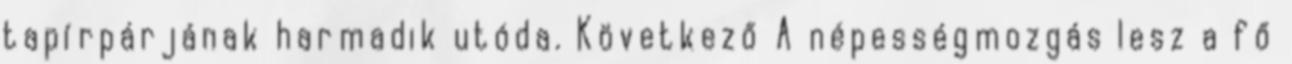
tapírpárjának harmadik utóda. Következő A népességmozgás lesz a fő